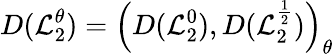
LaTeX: D(\mathcal{L}_{2}^{\theta})=\left(D(\mathcal{L}_{2}^{0}),D(\mathcal{L}_{2}^{\frac{1}{2}})\right)_{\theta}